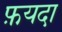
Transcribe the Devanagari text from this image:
फ़यदा